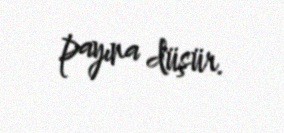
payına düşür.